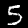
Label: 5